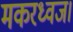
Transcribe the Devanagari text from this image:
मकरध्वज।